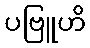
ပဗြူဟိ